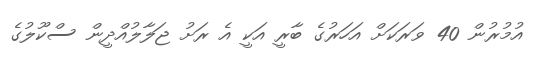
އުމުރުން 40 ވަރަކަށް އަހަރުގެ ބާރީ އަކީ އެ ރަށު ޖަލާލުއްދީން ސްކޫލުގެ